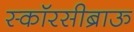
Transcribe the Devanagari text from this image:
स्कॉरसीब्राऊ